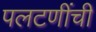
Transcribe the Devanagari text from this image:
पलटणींची